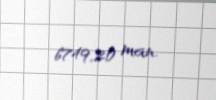
6749,20 man.